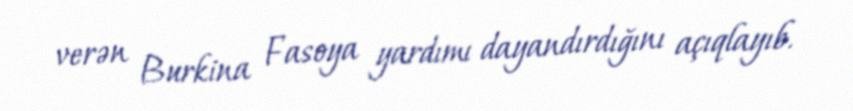
verən Burkina Fasoya yardımı dayandırdığını açıqlayıb.